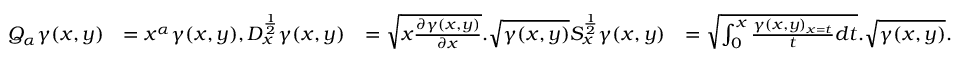
\begin{array} { r l r l } { Q _ { \alpha } \gamma ( x , y ) } & { = x ^ { \alpha } \gamma ( x , y ) , D _ { x } ^ { \frac { 1 } { 2 } } \gamma ( x , y ) } & { = \sqrt { x \frac { \partial \gamma ( x , y ) } { \partial x } } . \sqrt { \gamma ( x , y ) } S _ { x } ^ { \frac { 1 } { 2 } } \gamma ( x , y ) } & { = \sqrt { \int _ { 0 } ^ { x } \frac { \gamma ( x , y ) _ { x = t } } { t } d t } . \sqrt { \gamma ( x , y ) } . } \end{array}